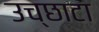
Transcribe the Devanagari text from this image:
उच्छाटा